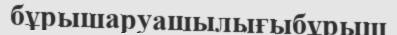
бұрышаруашылығыбұрыш